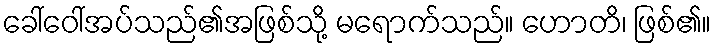
ခေါ်ဝေါ်အပ်သည်၏အဖြစ်သို့ မရောက်သည်။ ဟောတိ၊ ဖြစ်၏။